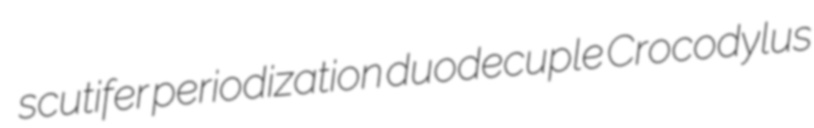
scutifer periodization duodecuple Crocodylus